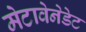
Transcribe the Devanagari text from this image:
मेटावेनेडेट